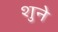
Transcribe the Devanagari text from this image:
शुने